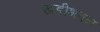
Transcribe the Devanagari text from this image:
खडीभवन